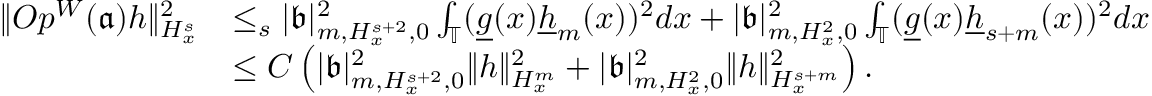
\begin{array} { r l } { \rVert O p ^ { W } ( \mathfrak { a } ) h \rVert _ { H _ { x } ^ { s } } ^ { 2 } } & { \le _ { s } | \mathfrak { b } | _ { m , H _ { x } ^ { s + 2 } , 0 } ^ { 2 } \int _ { \mathbb { T } } ( \underline { { g } } ( x ) \underline { { h } } _ { m } ( x ) ) ^ { 2 } d x + | \mathfrak { b } | _ { m , H _ { x } ^ { 2 } , 0 } ^ { 2 } \int _ { \mathbb { T } } ( \underline { { g } } ( x ) \underline { { h } } _ { s + m } ( x ) ) ^ { 2 } d x } \\ & { \le C \left( | \mathfrak { b } | _ { m , H _ { x } ^ { s + 2 } , 0 } ^ { 2 } \rVert h \rVert _ { H _ { x } ^ { m } } ^ { 2 } + | \mathfrak { b } | _ { m , H _ { x } ^ { 2 } , 0 } ^ { 2 } \rVert h \rVert _ { H _ { x } ^ { s + m } } ^ { 2 } \right) . } \end{array}